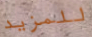
للمزيد